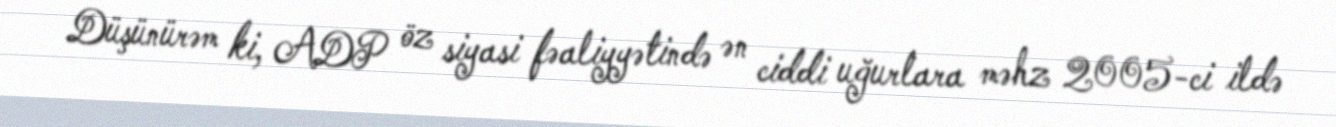
Düşünürəm ki, ADP öz siyasi fəaliyyətində ən ciddi uğurlara məhz 2005-ci ildə